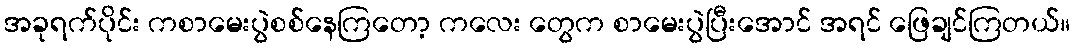
အခုရက်ပိုင်း ကစာမေးပွဲစစ်နေကြတော့ ကလေး တွေက စာမေးပွဲပြီးအောင် အရင် ဖြေချင်ကြတယ်။